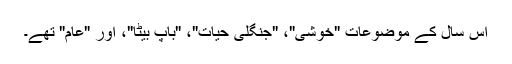
اس سال کے موضوعات "خوشی"، "جنگلی حیات"، "باپ بیٹا"، اور "عام" تھے۔